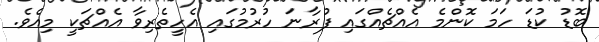
ބޮޑު ކުޑަ ހަމަ ކޮންމެ އެއްޗެއްގައި ފުރާނަ ހުރުމުގައި އެހީތެރިވާ އެއްޗަކީ މިއެވެ.